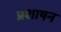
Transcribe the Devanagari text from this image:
प्रशाषन